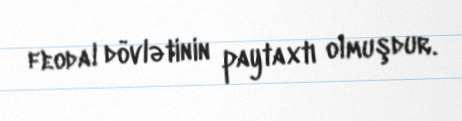
feodal dövlətinin paytaxtı olmuşdur.